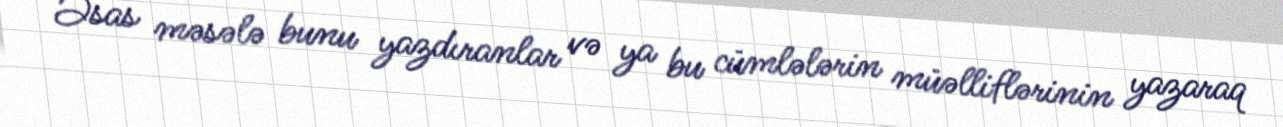
Əsas məsələ bunu yazdıranlar və ya bu cümlələrin müəlliflərinin yazaraq